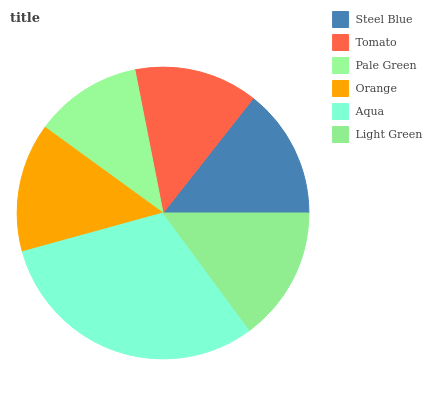
| Steel Blue | Tomato | Pale Green | Orange | Aqua | Light Green |
 | --- | --- | --- | --- | --- | --- |
 | 14.4% | 13.7% | 11.9% | 14.3% | 30.9% | 14.9% |